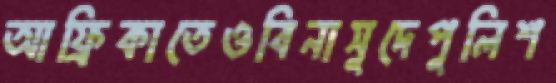
আফ্রিকাতেওবিনাসুদেপুলিশ